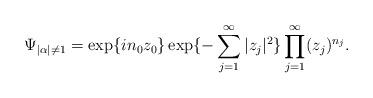
LaTeX: \begin{align*}\Psi_{|\alpha| \not=1} = \exp\{i n_0 z_0\} \exp\{- \sum^{\infty}_{j=1} |z_j|^2 \} \prod ^{\infty}_{j=1} (z_j)^{n_j}.\end{align*}